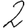
Digit: 2